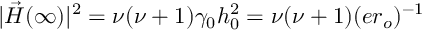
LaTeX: | \vec { H } ( \infty ) | ^ { 2 } = \nu ( \nu + 1 ) \gamma _ { 0 } h _ { 0 } ^ { 2 } = \nu ( \nu + 1 ) ( e r _ { o } ) ^ { - 1 }